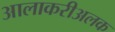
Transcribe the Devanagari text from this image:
आलाकरीअलक